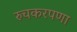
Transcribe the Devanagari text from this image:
रुचकरपणा